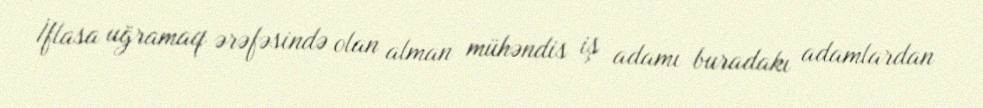
İflasa uğramaq ərəfəsində olan alman mühəndis iş adamı buradakı adamlardan